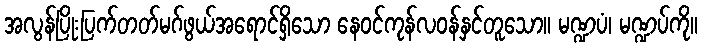
အလွန်ပြိုးပြက်တတ်မဂ်ဖွယ်အရောင်ရှိသော နေဝင်ကုန်လဝန်နှင်တူသော။ မဏ္ဍပံ၊ မဏ္ဍပ်ကို။